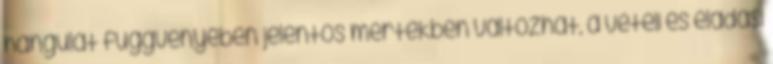
hangulat függvényében jelentős mértékben változhat, a vételi és eladási